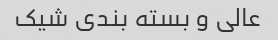
عالی و بسته بندی شیک